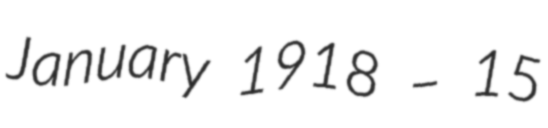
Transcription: January 1918 – 15